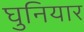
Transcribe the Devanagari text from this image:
घुनियार